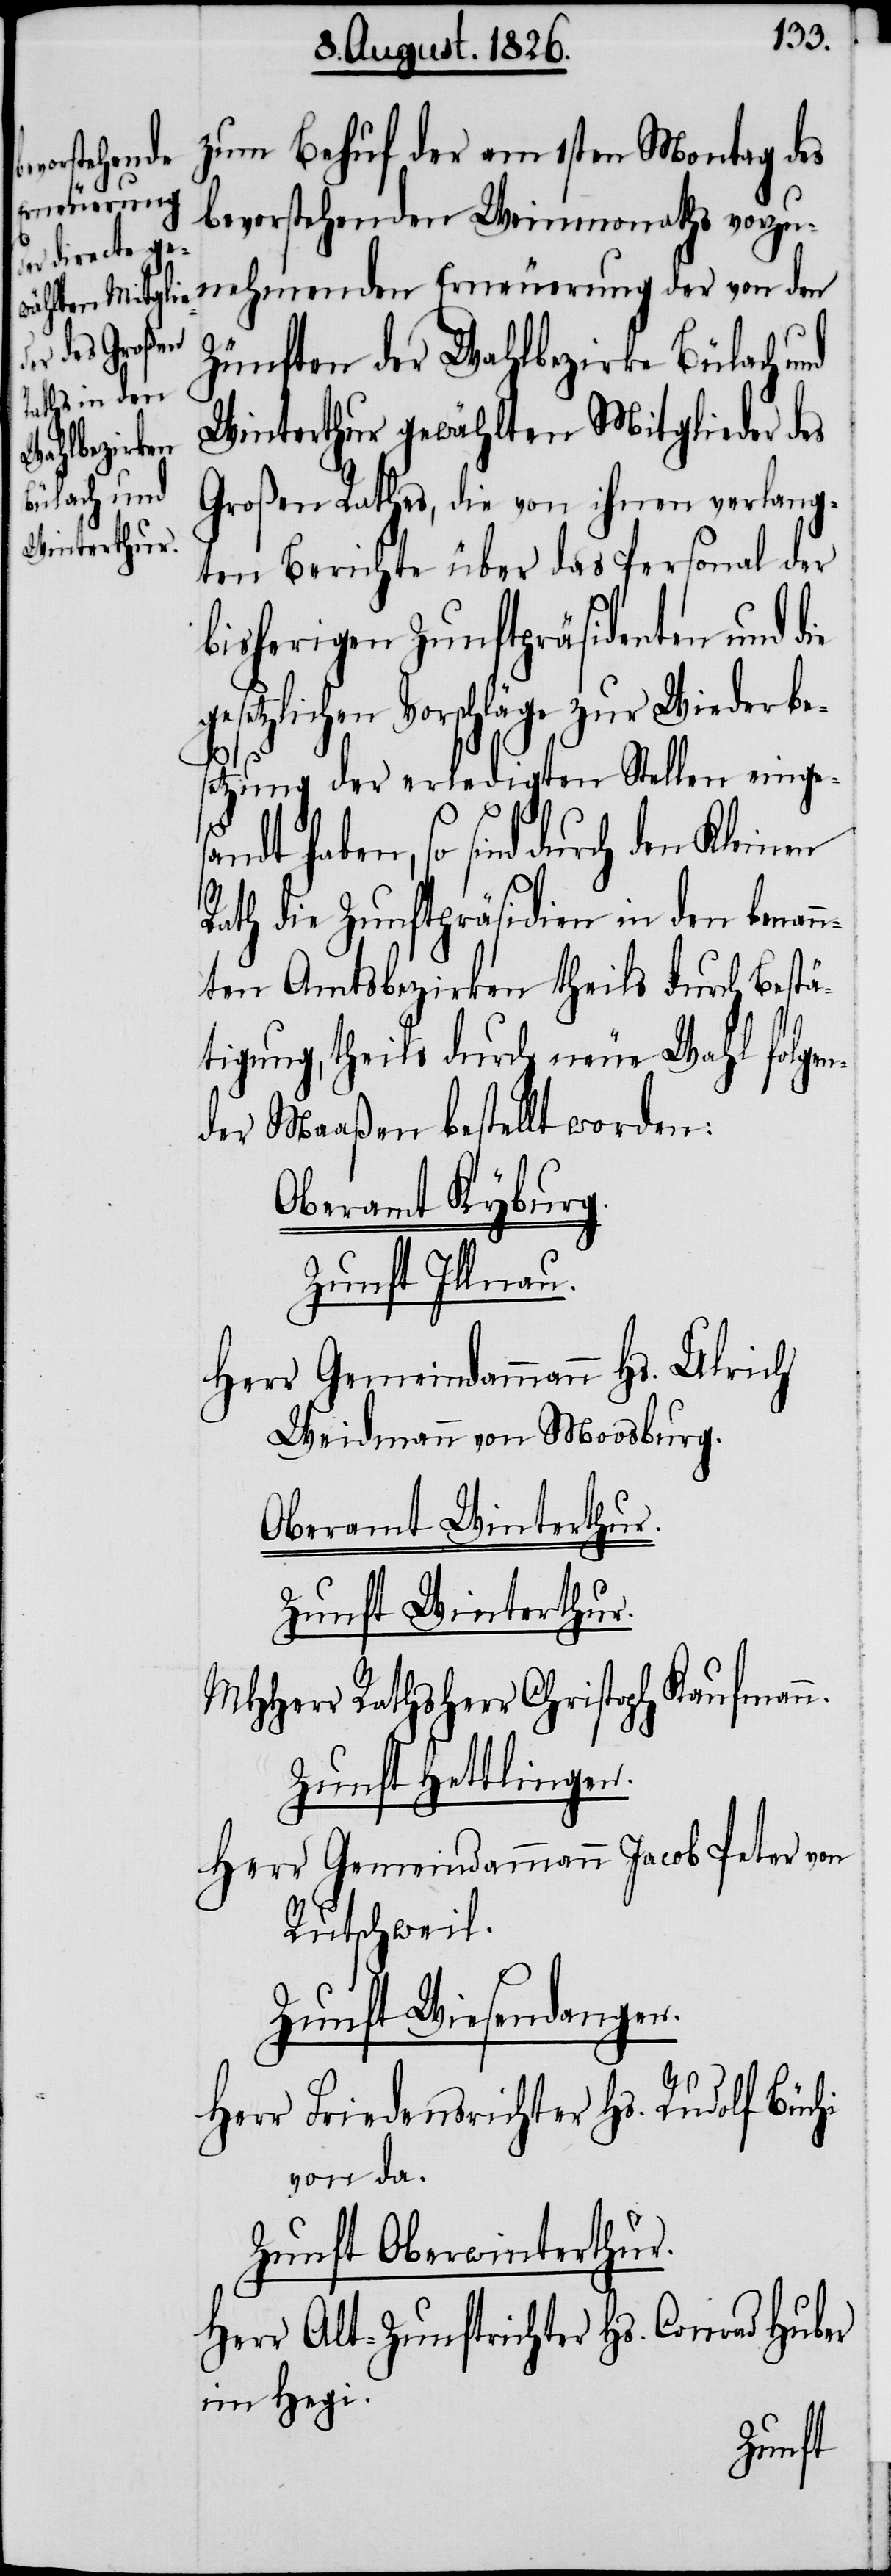
zum Behuf der am 1sten Montag des
nehmenden
Erneuerung
bevorstehenden Weinmonaths vorzu¬
n.
Zünften der Wahlbezirke Bülach und
Winterthur gewählten Mitglieder des
Großen Rathes, die von ihnen verlang¬
ten Berichte über das Personal der
bisherigen Zunftpräsidenten und die
setzlichen Vorschläge zur Wiederbe¬
setzung der erledigten Stellen einges¬
andt haben, so sind durch den
Rath die Zunftpräsidien in den benan¬
nten Amtsbezirken theils durch Bestä¬
tigung, theils durch neue Wahl folgen¬
der Maaßen bestellt worden:
Oberamt Kyburg.
Zunft Illnau.
Herr Gemeindammann Hs. Ulrich
Weidmann von Moosburg.
Oberamt Winterthur.
Zunft Winterthur.
MHHerr Rathsherr Christoph Kaufman¬
Zunft Hettlingen.
Herr Gemeindammann Jacob Peter von
Ruschweil.
Zunft Wiesendangen.
Herr Friedensrichter Hs. Rudolf Büchi
von da.
Zunft Oberwinterthur.
Herr Alt-Zunftrichter Hs. Conrad Huber
im Hegi.